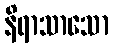
နိရာသာသော